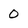
Character: 0